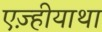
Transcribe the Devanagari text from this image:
एज़्हीयाथा